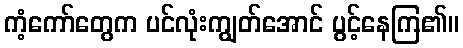
ကံ့ကော်တွေက ပင်လုံးကျွတ်အောင် ပွင့်နေကြ၏။